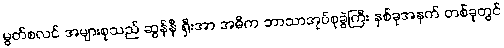
မွတ်စလင် အများစုသည် ဆွန်နီ ရှီးအာ အဓိက ဘာသာအုပ်စုခွဲကြီး နှစ်ခုအနက် တစ်ခုတွင်